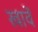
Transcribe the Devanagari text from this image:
खावें